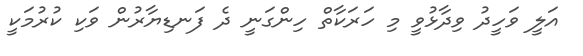
އަލީ ވަހީދު ވިދާޅުވީ މި ހަރަކާތް ހިންގަނީ ދެ ފަނޑިޔާރުން ވަކި ކުރުމަކީ